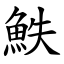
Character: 䱃